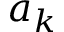
a _ { k }